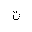
Letter: _ta